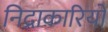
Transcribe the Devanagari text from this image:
निद्राकारियों